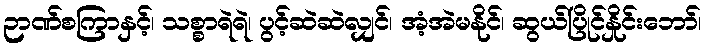
ဉာဏ်စကြာနှင့်၊ သစ္စာရဲရဲ၊ ပွင့်ဆဲဆဲလျှင်၊ အံ့အဲမနိုင်၊ ဆွယ်ပြိုင်နှိုင်းဘော်၊